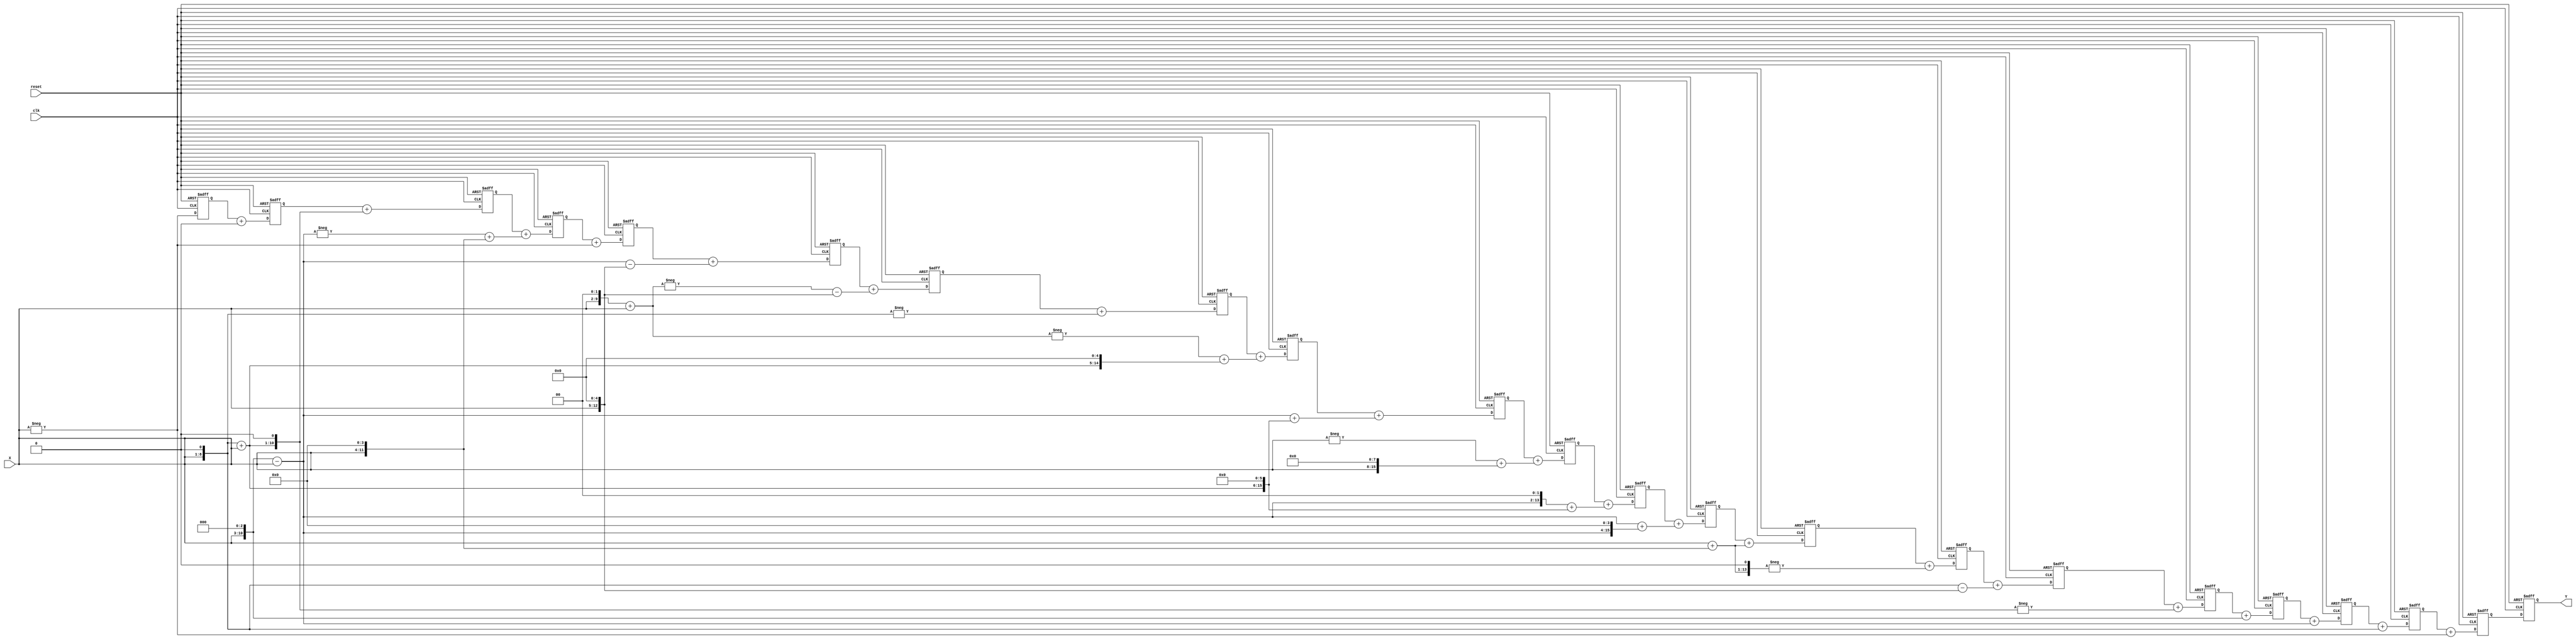
// This program was cloned from: https://github.com/HeLiangHIT/polyphase_filter_prj
// License: MIT License

/*---------------------------------------------------------------------------*
* This solution is produced by FIR Filter Generator (FFG) based on the       *
* Radix-2^r Multiple-Constant-Multiplication (MCM) algorithm developed       *
* by A.K. Oudjida. The FFG program is writen by M.L. Berrandjia based on     * 
* the FFG specifications given by A. Liacha.                                 *
* Copyright (c) 2015 CDTA (www.cdta.dz). Personal use of this material is    *
* permitted. However, permission to use this material for any other purposes *
* must be obtained from the CDTA by sending an email to a_oudjida@cdta.dz    *
*----------------------------------------------------------------------------*/

// FIR filter generator (release version 1.0.0)

module hdec_6_Verilog (clk, reset, X, Y); 

//Parameters
parameter word_size_in = 8; // Bit-size of the filter input X 
parameter word_size_out = 20; // Bit-size of the filter output Y, 
                              // word_size_out = word_size_in + ceil(log2(sum(abs(Ci))))+1

//Inputs & Outputs
input clk, reset;
input signed [word_size_in-1:0] X;   // Filter input in two's complement representation
output signed [word_size_out-1:0] Y; // Filter output in two's complement representation

reg  [word_size_out-1:0] Y;

// MCM bloc
// Radix-2^r MCM solution of the reduced set (Hmin set) including positive/odd constants only

// Radix-2^r odd-multiples
wire signed [word_size_in:0] x1;
wire signed [10:0] x3;
wire signed [11:0] x5;
assign x1 = X;
assign x3 = +(x1<<1)+(x1<<0);
assign x5 = +(x1<<2)+(x1<<0);

// Hmin set
wire signed  [9:0] x_1;  // coefficients_size = word_size_in + ceil(log2(Ci))
wire signed  [10:0] x2;
wire signed  [11:0] x7;
wire signed  [12:0] x8;
wire signed  [11:0] x_6;
wire signed  [13:0] x_30;
wire signed  [14:0] x_34;
wire signed  [13:0] x17;
wire signed  [15:0] x119;
wire signed  [16:0] x220;
wire signed  [16:0] x255;
wire signed  [16:0] x199;
wire signed  [15:0] x91;
wire signed  [10:0] x_2;
wire signed  [14:0] x_37;
wire signed  [13:0] x_25;
wire signed  [12:0] x9;
wire signed  [11:0] x6;
wire signed  [9:0] x0;

// Radix-2^r recoding of the Hmin set
assign x_1 = -(x1<<0);
assign x2 = +(x1<<1);
assign x7 = +(x1<<3)-(x1<<0);
assign x8 = +(x1<<3);
assign x_6 = -(x3<<1);
assign x_30 = +(x1<<1)-(x1<<5);
assign x_34 = -(x17<<1);
assign x17 = +(x1<<0)+(x1<<4);
assign x119 = +(x7<<0)+(x7<<4);
assign x220 = +(x7<<2)+(x3<<6);
assign x255 = -(x1<<0)+(x1<<8);
assign x199 = +(x7<<0)+(x3<<6);
assign x91 = -(x5<<0)+(x3<<5);
assign x_2 = -(x1<<1);
assign x_37 = -(x5<<0)-(x1<<5);
assign x_25 = +(x7<<0)-(x1<<5);
assign x9 = -(x7<<0)+(x1<<4);
assign x6 = +(x3<<1);
assign x0 = 0;

// SCM_i = Ci x X
wire signed  [9:0] SCM_0;  //SCM_i_size = word_size_in + ceil(log2(Ci))
wire signed  [10:0] SCM_1;
wire signed  [11:0] SCM_2;
wire signed  [12:0] SCM_3;
wire signed  [11:0] SCM_4;
wire signed  [13:0] SCM_5;
wire signed  [14:0] SCM_6;
wire signed  [13:0] SCM_7;
wire signed  [15:0] SCM_8;
wire signed  [16:0] SCM_9;
wire signed  [16:0] SCM_10;
wire signed  [16:0] SCM_11;
wire signed  [15:0] SCM_12;
wire signed  [10:0] SCM_13;
wire signed  [14:0] SCM_14;
wire signed  [13:0] SCM_15;
wire signed  [9:0] SCM_16;
wire signed  [12:0] SCM_17;
wire signed  [11:0] SCM_18;
wire signed  [9:0] SCM_19;
wire signed  [9:0] SCM_20;

assign SCM_0 = x_1;
assign SCM_1 = x2;
assign SCM_2 = x7;
assign SCM_3 = x8;
assign SCM_4 = x_6;
assign SCM_5 = x_30;
assign SCM_6 = x_34;
assign SCM_7 = x17;
assign SCM_8 = x119;
assign SCM_9 = x220;
assign SCM_10 = x255;
assign SCM_11 = x199;
assign SCM_12 = x91;
assign SCM_13 = x_2;
assign SCM_14 = x_37;
assign SCM_15 = x_25;
assign SCM_16 = x_1;
assign SCM_17 = x9;
assign SCM_18 = x6;
assign SCM_19 = x0;
assign SCM_20 = x_1;

// MAC_i is the register i in the adder structure of the filter
reg signed  [19:0] MAC_0; //MAC_i_size = word_size_in + ceil(log2(Sum(Ci)))
reg signed  [19:0] MAC_1;
reg signed  [19:0] MAC_2;
reg signed  [19:0] MAC_3;
reg signed  [19:0] MAC_4;
reg signed  [19:0] MAC_5;
reg signed  [18:0] MAC_6;
reg signed  [18:0] MAC_7;
reg signed  [18:0] MAC_8;
reg signed  [18:0] MAC_9;
reg signed  [18:0] MAC_10;
reg signed  [17:0] MAC_11;
reg signed  [16:0] MAC_12;
reg signed  [15:0] MAC_13;
reg signed  [15:0] MAC_14;
reg signed  [14:0] MAC_15;
reg signed  [13:0] MAC_16;
reg signed  [13:0] MAC_17;
reg signed  [11:0] MAC_18;
reg signed  [9:0] MAC_19;
reg signed  [9:0] MAC_20;

wire signed  [19:0] Y_in;

always @(posedge clk or negedge reset) begin
  if(~reset) begin
    reset_reg;
  end
  else begin
    init_reg;
    Y <= Y_in;
    MAC_0 <=  MAC_1 + SCM_0;
    MAC_1 <=  MAC_2 + SCM_1;
    MAC_2 <=  MAC_3 + SCM_2;
    MAC_3 <=  MAC_4 + SCM_3;
    MAC_4 <=  MAC_5 + SCM_4;
    MAC_5 <=  MAC_6 + SCM_5;
    MAC_6 <=  MAC_7 + SCM_6;
    MAC_7 <=  MAC_8 + SCM_7;
    MAC_8 <=  MAC_9 + SCM_8;
    MAC_9 <=  MAC_10 + SCM_9;
    MAC_10 <=  MAC_11 + SCM_10;
    MAC_11 <=  MAC_12 + SCM_11;
    MAC_12 <=  MAC_13 + SCM_12;
    MAC_13 <=  MAC_14 + SCM_13;
    MAC_14 <=  MAC_15 + SCM_14;
    MAC_15 <=  MAC_16 + SCM_15;
    MAC_16 <=  MAC_17 + SCM_16;
    MAC_17 <=  MAC_18 + SCM_17;
    MAC_18 <=  MAC_19 + SCM_18;
    MAC_19 <=  MAC_20 + SCM_19;
    MAC_20 <=  SCM_20;
  end
end

assign Y_in = MAC_0;

// Tasks

task reset_reg;
  begin
    MAC_0 <=  0;
    MAC_1 <=  0;
    MAC_2 <=  0;
    MAC_3 <=  0;
    MAC_4 <=  0;
    MAC_5 <=  0;
    MAC_6 <=  0;
    MAC_7 <=  0;
    MAC_8 <=  0;
    MAC_9 <=  0;
    MAC_10 <=  0;
    MAC_11 <=  0;
    MAC_12 <=  0;
    MAC_13 <=  0;
    MAC_14 <=  0;
    MAC_15 <=  0;
    MAC_16 <=  0;
    MAC_17 <=  0;
    MAC_18 <=  0;
    MAC_19 <=  0;
    MAC_20 <=  0;
    Y <= 0;
  end
endtask

task init_reg;
  begin
    Y <= Y;
    MAC_0 <=  MAC_0;
    MAC_1 <=  MAC_1;
    MAC_2 <=  MAC_2;
    MAC_3 <=  MAC_3;
    MAC_4 <=  MAC_4;
    MAC_5 <=  MAC_5;
    MAC_6 <=  MAC_6;
    MAC_7 <=  MAC_7;
    MAC_8 <=  MAC_8;
    MAC_9 <=  MAC_9;
    MAC_10 <=  MAC_10;
    MAC_11 <=  MAC_11;
    MAC_12 <=  MAC_12;
    MAC_13 <=  MAC_13;
    MAC_14 <=  MAC_14;
    MAC_15 <=  MAC_15;
    MAC_16 <=  MAC_16;
    MAC_17 <=  MAC_17;
    MAC_18 <=  MAC_18;
    MAC_19 <=  MAC_19;
    MAC_20 <=  MAC_20;
  end
endtask

endmodule